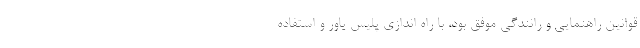
قوانین راهنمایی و رانندگی موفق بود، با راه اندازی پلیس یاور و استفاده